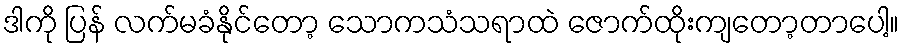
ဒါကို ပြန် လက်မခံနိုင်တော့ သောကသံသရာထဲ ဇောက်ထိုးကျတော့တာပေါ့။